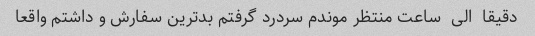
دقیقا  الی  ساعت منتظر موندم سردرد گرفتم بدترین سفارش و داشتم واقعا